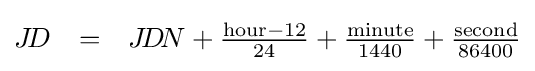
{\begin{matrix}J\!D&=&J\!D\!N+{\frac {{\text{hour}}-12}{24}}+{\frac {\text{minute}}{1440}}+{\frac {\text{second}}{86400}}\end{matrix}}